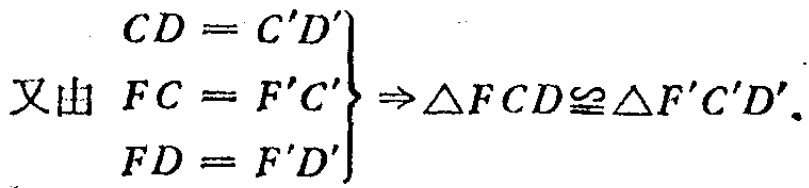
\[

\left.

\begin{array}{l}

CD = C'D' \\

\text{又由 } FC = F'C' \\

FD = F'D'

\end{array}

\right\} \Rightarrow \triangle FCD\cong\triangle F'C'D'.

\]